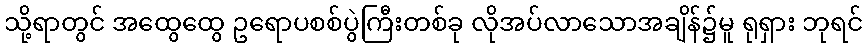
သို့ရာတွင် အထွေထွေ ဥရောပစစ်ပွဲကြီးတစ်ခု လိုအပ်လာသောအချိန်၌မူ ရုရှား ဘုရင်